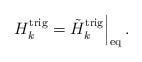
LaTeX: \begin{align*}\displaystyle{ H^{\rm{trig}}_k={\tilde H}^{\rm{trig}}_k\Big|_{\rm eq}\,. }\end{align*}